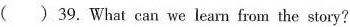
() 39.What can we learn from the story?